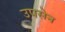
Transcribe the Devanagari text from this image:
उपसेन